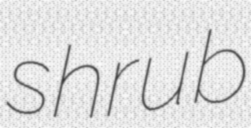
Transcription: shrub